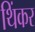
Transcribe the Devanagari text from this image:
थिंकर